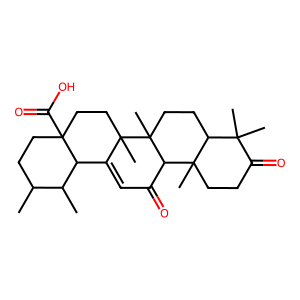
SMILES: CC1CCC2(C(=O)O)CCC3(C)C(=CC(=O)C4C5(C)CCC(=O)C(C)(C)C5CCC43C)C2C1C
Inhibits HIV replication: No